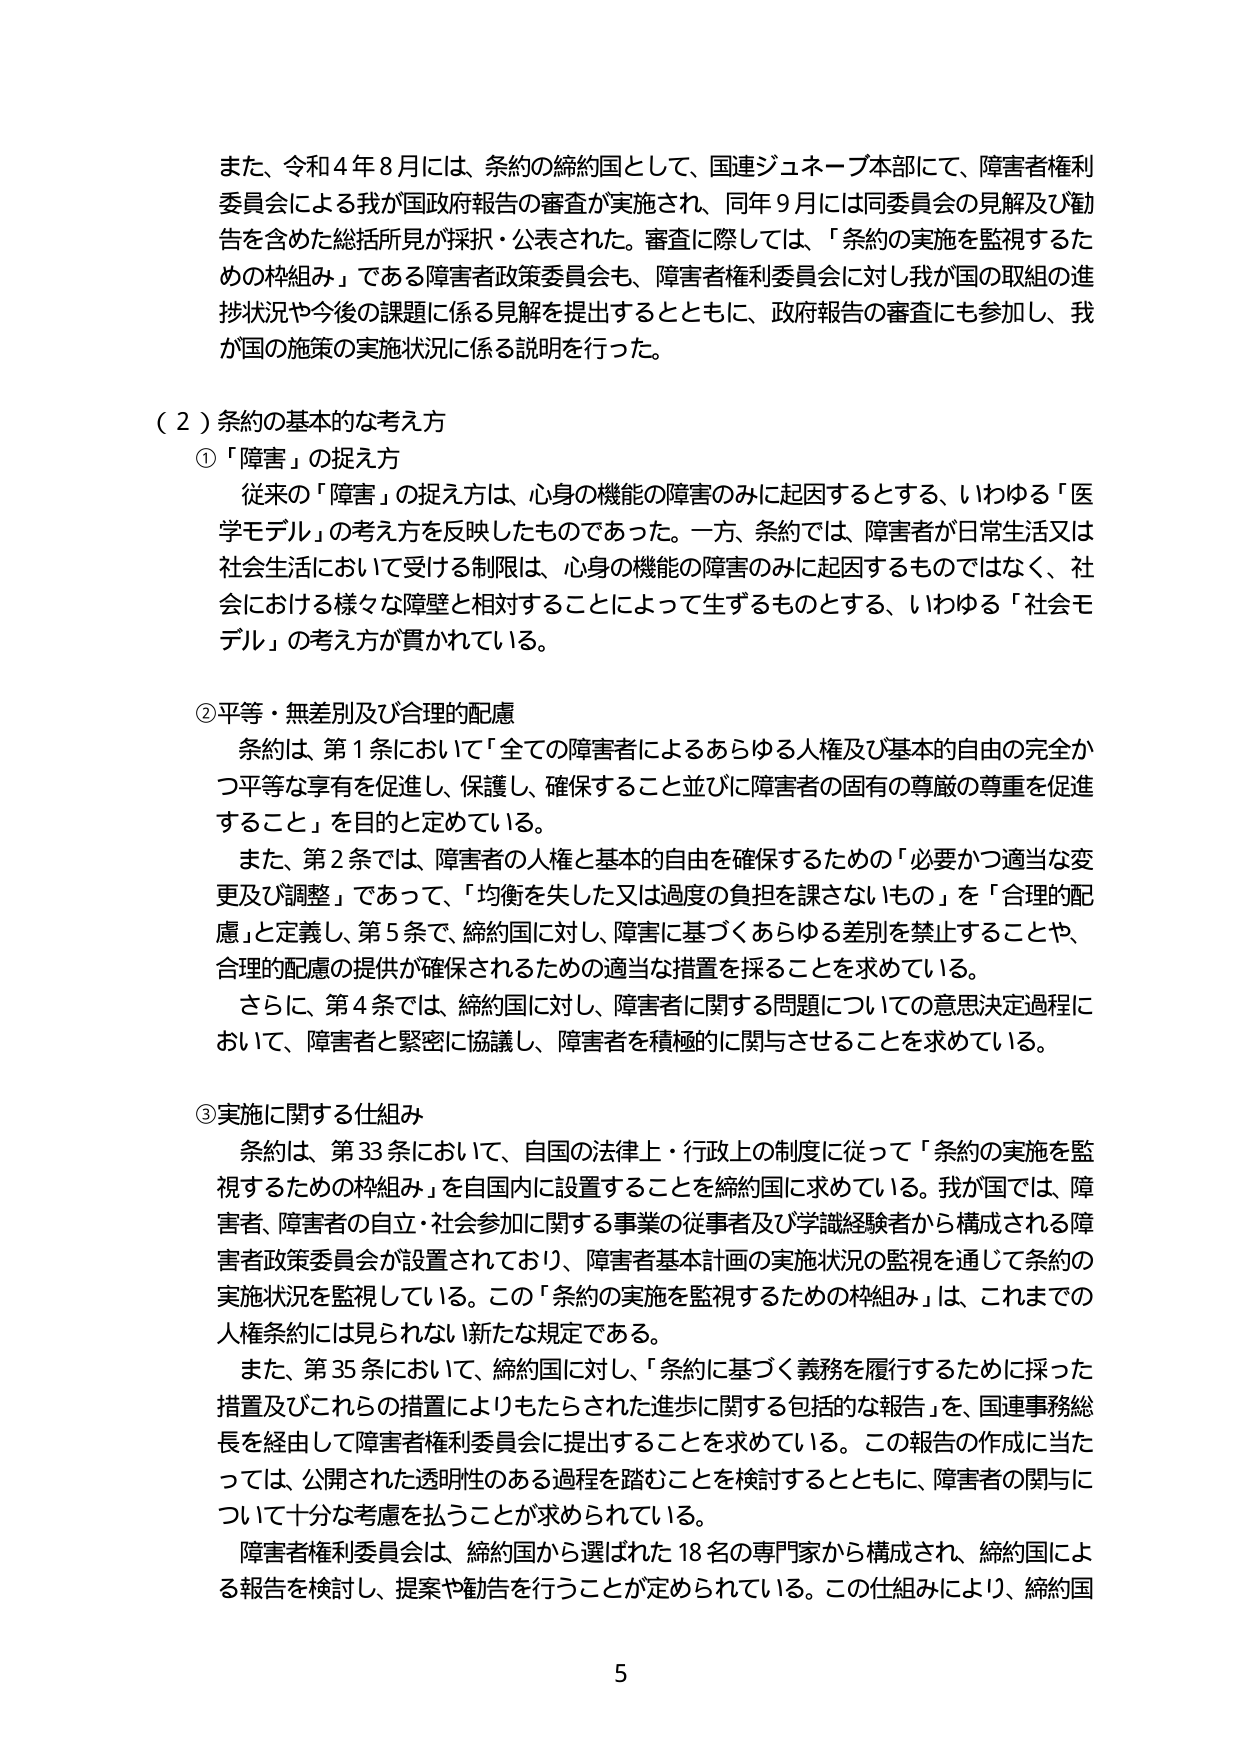
また、令和４年８月には、条約の締約国として、国連ジュネーブ本部にて、障害者権利委員会による我が国政府報告の審査が実施され、同年９月には同委員会の見解及び勧告を含めた総括所見が採択・公表された。審査に際しては、「条約の実施を監視するための枠組み」である障害者政策委員会も、障害者権利委員会に対し我が国の取組の進捗状況や今後の課題に係る見解を提出するとともに、政府報告の審査にも参加し、我が国の施策の実施状況に係る説明を行った。

（２）条約の基本的な考え方

①「障害」の捉え方

　従来の「障害」の捉え方は、心身の機能の障害のみに起因するとする、いわゆる「医学モデル」の考え方を反映したものであった。一方、条約では、障害者が日常生活又は社会生活において受ける制限は、心身の機能の障害のみに起因するものではなく、社会における様々な障壁と相対することによって生ずるものとする、いわゆる「社会モデル」の考え方が貫かれている。

②平等・無差別及び合理的配慮

　条約は、第１条において「全ての障害者によるあらゆる人権及び基本的自由の完全かつ平等な享有を促進し、保護し、確保すること並びに障害者の固有の尊厳の尊重を促進すること」を目的と定めている。

　また、第２条では、障害者の人権と基本的自由を確保するための「必要かつ適当な変更及び調整」であって、「均衡を失した又は過度の負担を課さないもの」を「合理的配慮」と定義し、第５条で、締約国に対し、障害に基づくあらゆる差別を禁止することや、合理的配慮の提供が確保されるための適当な措置を採ることを求めている。

　さらに、第４条では、締約国に対し、障害者に関する問題についての意思決定過程において、障害者と緊密に協議し、障害者を積極的に関与させることを求めている。

③実施に関する仕組み

　条約は、第33条において、自国の法律上・行政上の制度に従って「条約の実施を監視するための枠組み」を自国内に設置することを締約国に求めている。我が国では、障害者、障害者の自立・社会参加に関する事業の従事者及び学識経験者から構成される障害者政策委員会が設置されており、障害者基本計画の実施状況の監視を通じて条約の実施状況を監視している。この「条約の実施を監視するための枠組み」は、これまでの人権条約には見られない新たな規定である。

　また、第35条において、締約国に対し、「条約に基づく義務を履行するために採った措置及びこれらの措置によりもたらされた進歩に関する包括的な報告」を、国連事務総長を経由して障害者権利委員会に提出することを求めている。この報告の作成に当たっては、公開された透明性のある過程を踏むことを検討するとともに、障害者の関与について十分な考慮を払うことが求められている。

　障害者権利委員会は、締約国から選ばれた18名の専門家から構成され、締約国による報告を検討し、提案や勧告を行うことが定められている。この仕組みにより、締約国

5